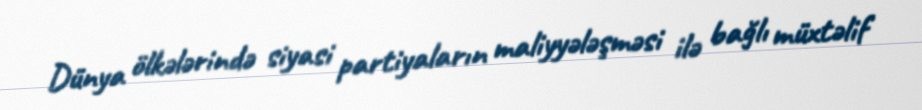
Dünya ölkələrində siyasi partiyaların maliyyələşməsi ilə bağlı müxtəlif